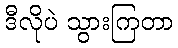
ဒီလိုပဲ သွားကြတာ